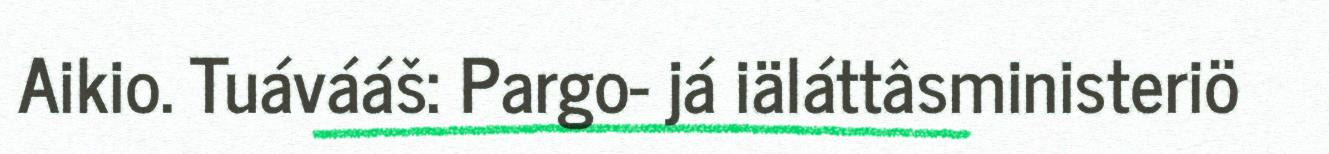
Aikio. Tuávááš: Pargo- já iäláttâsministeriö